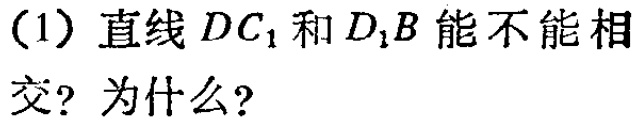
(1) 直线 \(DC_{1}\) 和 \(D_{1}B\) 能不能相交? 为什么?